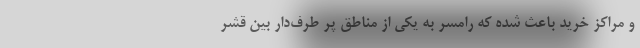
و مراکز خرید باعث شده که رامسر به یکی از مناطق پر طرف‌دار بین قشر